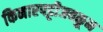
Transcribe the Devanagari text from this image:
किनारपट्टीजवळून